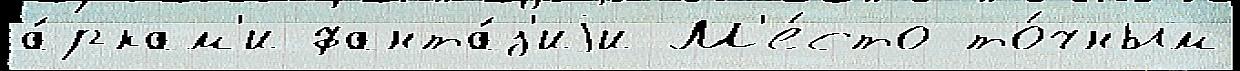
а́ркам'и фанта́з'иjи М'е́сто то́чным